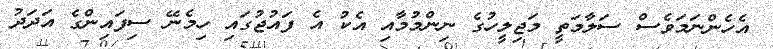
އެހެންނަމަވެސް ސަލާމަތީ މަޖިލީހުގެ ނިންމުމާއި އެކު އެ ފައުޖުގައި ހިމެނޭ ސިފައިންގެ އަދަދު